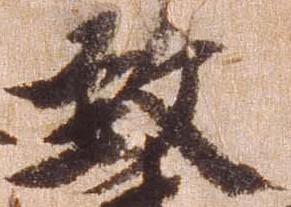
致